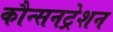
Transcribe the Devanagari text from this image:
कौन्सनट्रेशन